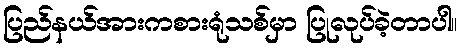
ပြည်နယ်အားကစားရုံသစ်မှာ ပြုလုပ်ခဲ့တာပါ။